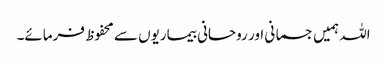
اللہ ہمیں جسمانی اور روحانی بیماریوں سے محفوظ فرمائے۔